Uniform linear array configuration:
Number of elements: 12
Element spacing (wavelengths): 1
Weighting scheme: uniform
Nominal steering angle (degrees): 30
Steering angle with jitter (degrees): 28.867
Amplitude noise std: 0.05
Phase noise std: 0.05

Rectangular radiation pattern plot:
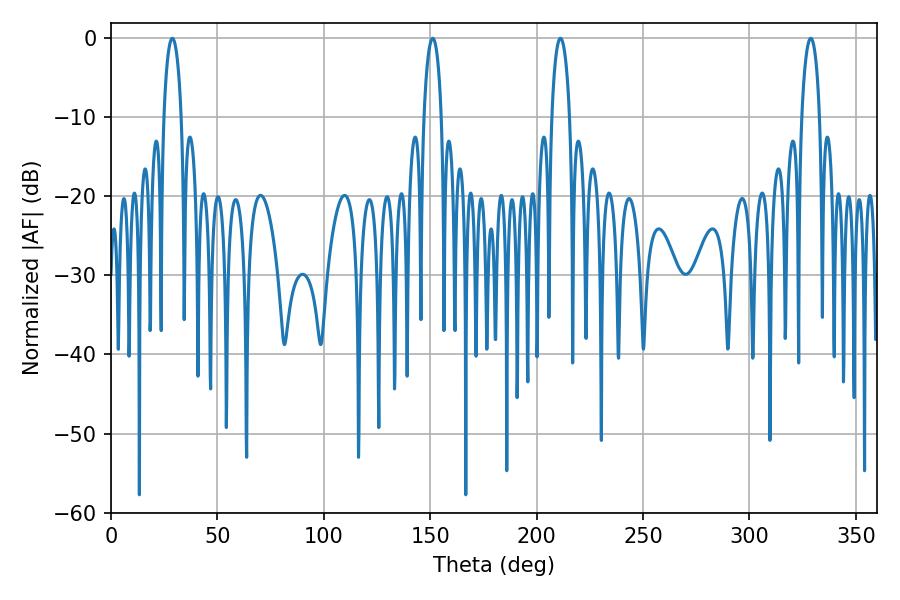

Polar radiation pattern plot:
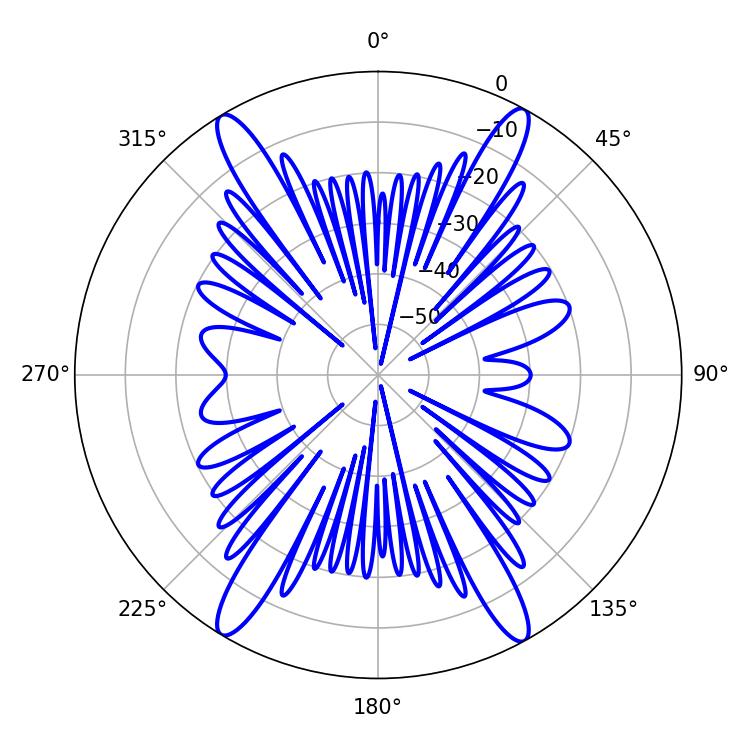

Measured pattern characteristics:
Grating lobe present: TRUE
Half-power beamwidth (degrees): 4.68
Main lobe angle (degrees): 28.8